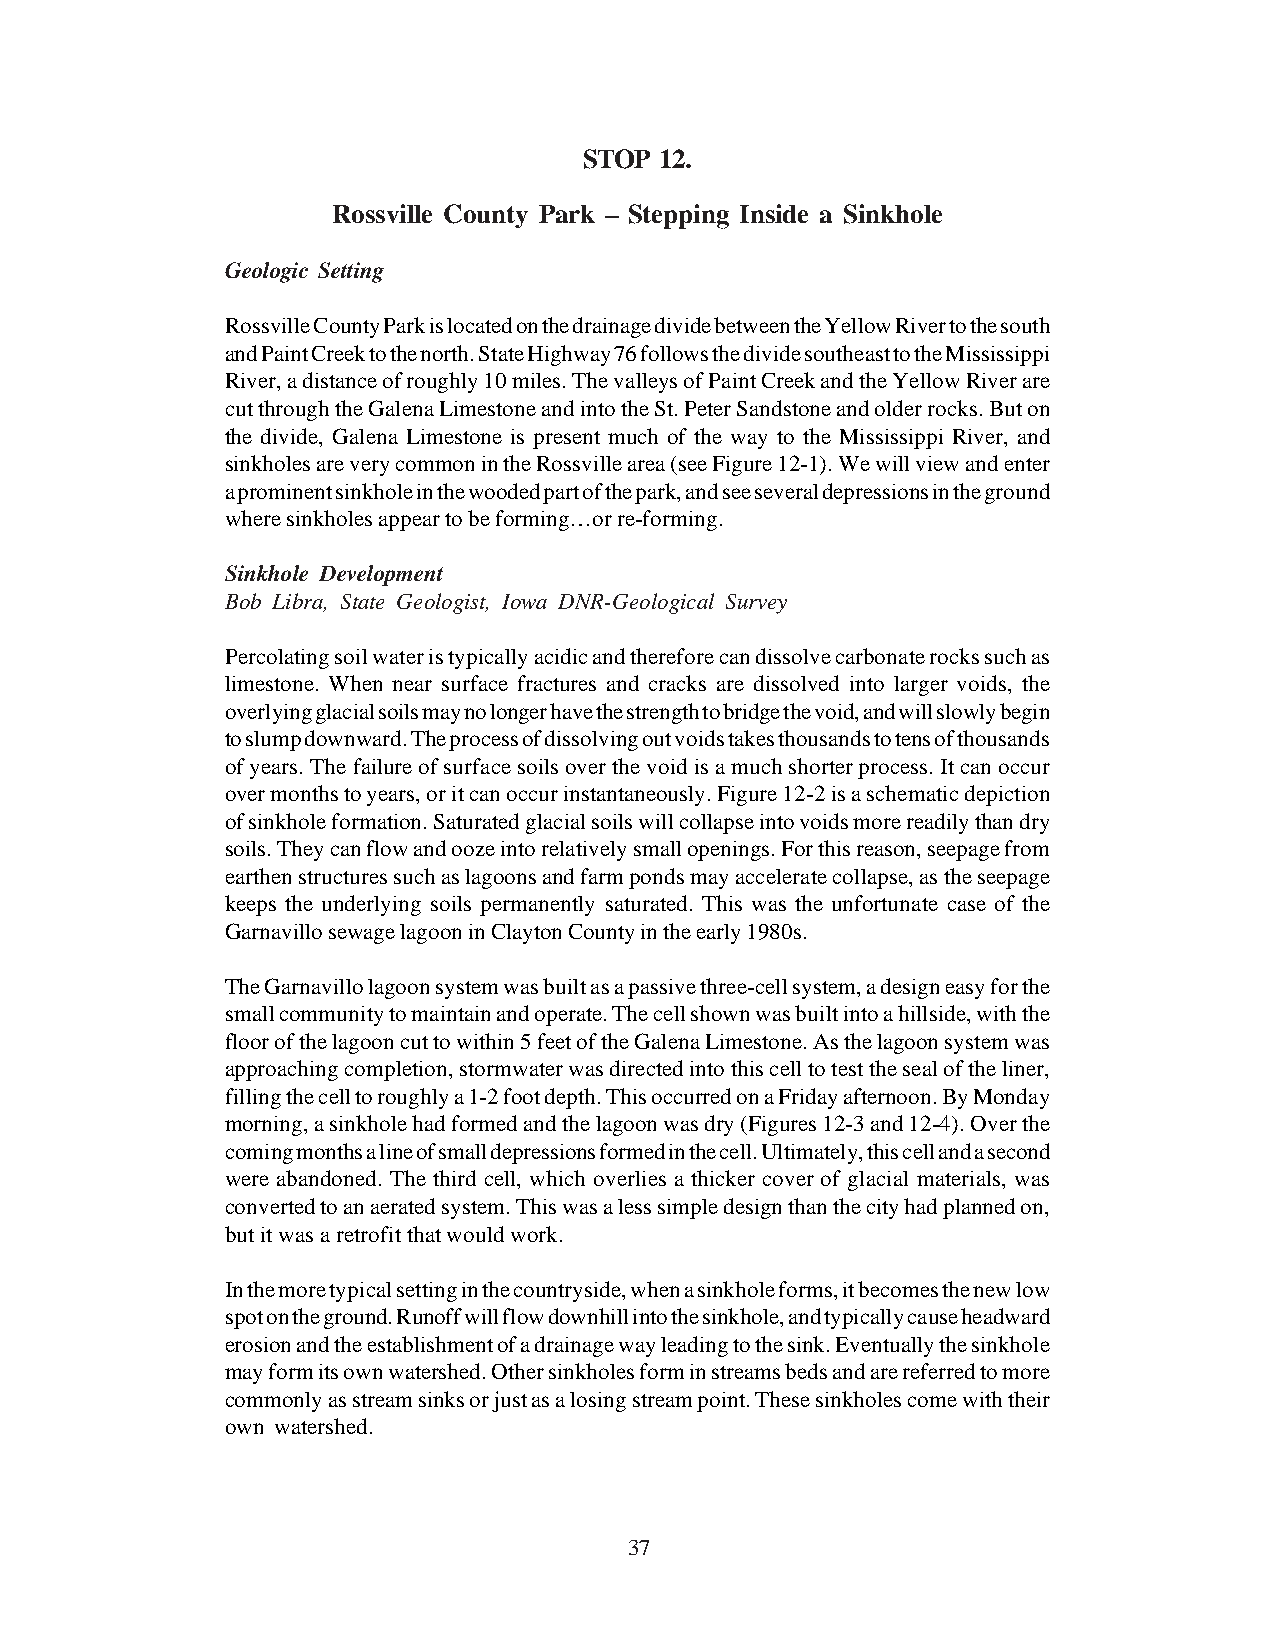
STOP 12.
 Rossville County Park – Stepping Inside a Sinkhole
 Geologic Setting
 Rossville County Park is located on the drainage divide between the Yellow River to the south
 and Paint Creek to the north. State Highway 76 follows the divide southeast to the Mississippi
 River, a distance of roughly 10 miles. The valleys of Paint Creek and the Yellow River are
 cut through the Galena Limestone and into the St. Peter Sandstone and older rocks. But on
 the divide, Galena Limestone is present much of the way to the Mississippi River, and
 sinkholes are very common in the Rossville area (see Figure 12-1). We will view and enter
 a prominent sinkhole in the wooded part of the park, and see several depressions in the ground
 where sinkholes appear to be forming…or re-forming.
 Sinkhole Development
 Bob Libra, State Geologist, Iowa DNR-Geological Survey
 Percolating soil water is typically acidic and therefore can dissolve carbonate rocks such as
 limestone. When near surface fractures and cracks are dissolved into larger voids, the
 overlying glacial soils may no longer have the strength to bridge the void, and will slowly begin
 to slump downward. The process of dissolving out voids takes thousands to tens of thousands
 of years. The failure of surface soils over the void is a much shorter process. It can occur
 over months to years, or it can occur instantaneously. Figure 12-2 is a schematic depiction
 of sinkhole formation. Saturated glacial soils will collapse into voids more readily than dry
 soils. They can flow and ooze into relatively small openings. For this reason, seepage from
 earthen structures such as lagoons and farm ponds may accelerate collapse, as the seepage
 keeps the underlying soils permanently saturated. This was the unfortunate case of the
 Garnavillo sewage lagoon in Clayton County in the early 1980s.
 The Garnavillo lagoon system was built as a passive three-cell system, a design easy for the
 small community to maintain and operate. The cell shown was built into a hillside, with the
 floor of the lagoon cut to within 5 feet of the Galena Limestone. As the lagoon system was
 approaching completion, stormwater was directed into this cell to test the seal of the liner,
 filling the cell to roughly a 1-2 foot depth. This occurred on a Friday afternoon. By Monday
 morning, a sinkhole had formed and the lagoon was dry (Figures 12-3 and 12-4). Over the
 coming months a line of small depressions formed in the cell. Ultimately, this cell and a second
 were abandoned. The third cell, which overlies a thicker cover of glacial materials, was
 converted to an aerated system. This was a less simple design than the city had planned on,
 but it was a retrofit that would work.
 In the more typical setting in the countryside, when a sinkhole forms, it becomes the new low
 spot on the ground. Runoff will flow downhill into the sinkhole, and typically cause headward
 erosion and the establishment of a drainage way leading to the sink. Eventually the sinkhole
 may form its own watershed. Other sinkholes form in streams beds and are referred to more
 commonly as stream sinks or just as a losing stream point. These sinkholes come with their
 own watershed.
 37